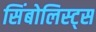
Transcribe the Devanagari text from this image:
सिंबोलिस्ट्स